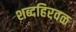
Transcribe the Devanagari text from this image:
शब्दहिरवळ